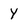
Character: Y